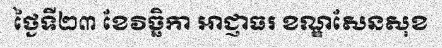
ថ្ងៃទី២៣ ខែវិច្ឆិកា អាជ្ញាធរ ខណ្ឌសែនសុខ